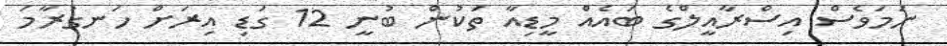
ނަމަވެސް އިސްރާއީލްގެ ބައެއް މީޑިއާ ތަކުން ބުނީ 12 ގަޑި އިރަށް ހަނގުރާމަ